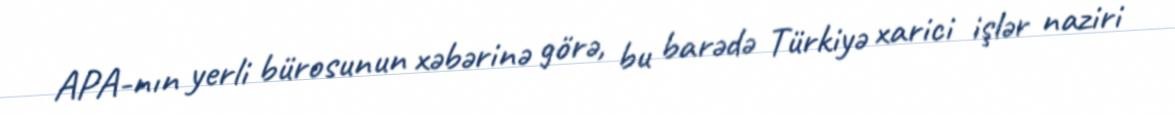
APA-nın yerli bürosunun xəbərinə görə, bu barədə Türkiyə xarici işlər naziri